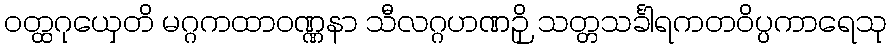
ဝတ္ထဂုယှေတိ မဂ္ဂကထာဝဏ္ဏနာ သီလဂ္ဂဟဏဉှိ သတ္တသင်္ခါရကတဝိပ္ပကာရေသု